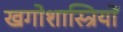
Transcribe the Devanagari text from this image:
खगोशास्त्रियों